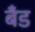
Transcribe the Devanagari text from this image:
बॅँड